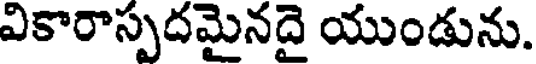
వికారాస్పదమైనదై యుండును.